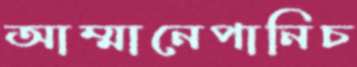
আম্মানেপানিচ